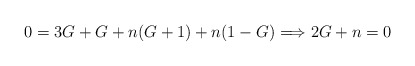
\begin{align*}0=3G+G+n(G+1)+n(1-G)\Longrightarrow2G+n=0\end{align*}